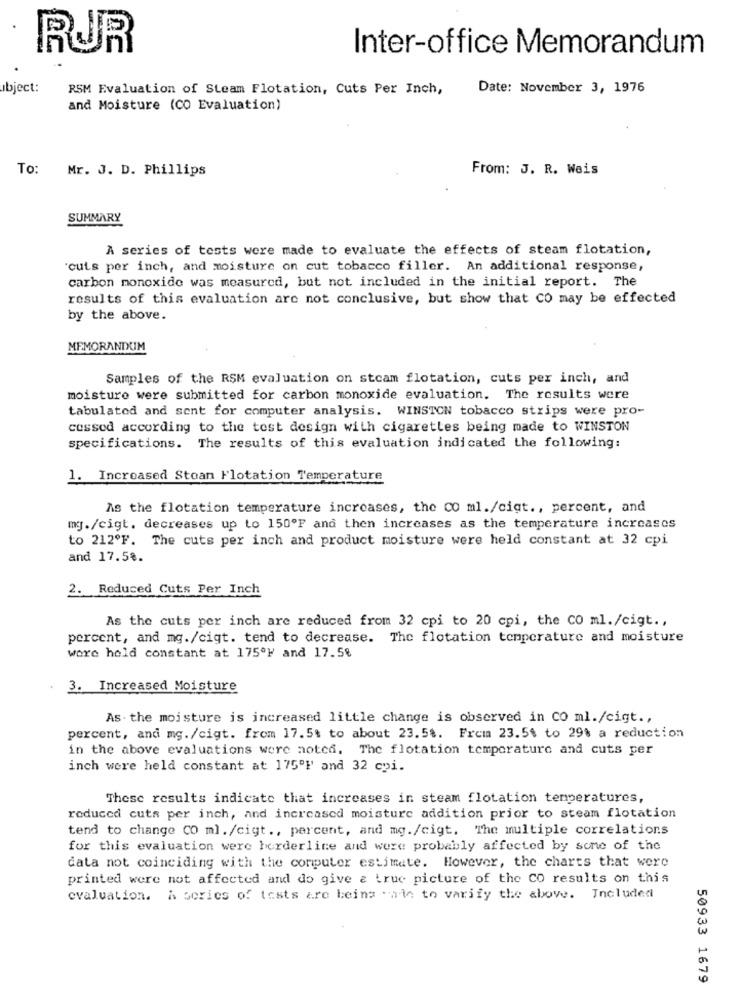
RUR
Inter-office Memorandum
object:
RSM Evaluation of Steam Flotation, Cuts Per Inch,
Date: November 3, 1976
and Moisture (CO Evaluation)
To: Mr. J. D. Phillips
From: J. R. Weis
SUMMARY
A series of tests were made to evaluate the effects of steam flotation,
cuts per inch, and moisture on cut tobacco filler. An additional response,
carbon monoxide was measured, but not included in the initial report. The
results of this evaluation are not conclusive, but show that CO may be effected
by the above.
MEMORANDUM
Samples of the RSM evaluation on stcam flotation, cuts per inch, and
moisture were submitted for carbon monoxide evaluation. The results were
tabulated and sent for computer analysis. WINSTON tobacco strips were pro-
cessed according to the test design with cigarettes being made to WINSTON
specifications. The results of this evaluation indicated the following:
1. Increased Stoan Flotation Temperature
As the flotation temperature increases, the 00 ml./cigt ., percent, and
mg./cigt. decreases up to 150ºF and then increases as the temperature increases
to 212ºF. The cuts per inch and product moisture were held constant at 32 cpi
and 17.5%.
2. Reduced Cuts Per Inch
As the cuts per inch are reduced from 32 cpi to 20 cpi, the co ml./cigt .,
percent, and mg./cigt. tend to decrease. The flotation temperature and moisture
wore hold constant at 175º} and 17.5%
3. Increased Moisture
As . the moisture is increased little change is observed in CO ml./cigt .,
percent, and mg./cigt. from 17.5% to about 23.5%. Frcm 23.51 to 29% a reduction
in the above evaluations were noted. The flotation temperature and cuts per
inch were held constant at 175'H' and 32 cpi.
These results indicate that increases in steam flotation temperatures,
reduced cuts per inch, and increased moisture addition prior to steam flotation
tend to change CO ml./cigt ., percent, and mg./cigt. The multiple correlations
for this evaluation were borderline and were probably affected by some of the
data not coinciding with the computer estimate. However, the charts that were
printed were not affected and do give & truc picture of the CO results on this
evaluation. A series of tests are being - ale to varify the above. Included
50933 1679